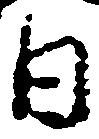
日